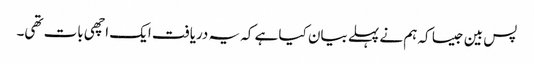
پس بین جیسا کہ ہم نے پہلے بیان کیا ہے کہ یہ دریافت ایک اچھی بات تھی۔